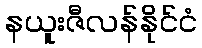
နယူးဇီလန်နိုင်ငံ